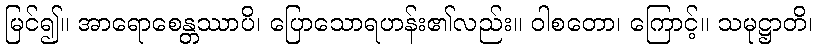
မြင်၍။ အာရောစေန္တဿာပိ၊ ပြောသောရဟန်း၏လည်း။ ဝါစတော၊ ကြောင့်။ သမုဋ္ဌာတိ၊